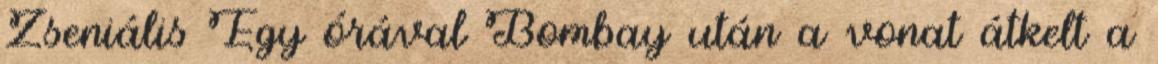
Zseniális Egy órával Bombay után a vonat átkelt a